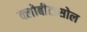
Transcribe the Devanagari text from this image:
क्लोबीटासोल